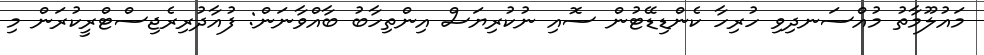
މައުލޫމާތު މުއްސަނދިވި ހުރިހާ ކެންޑިޑޭޓުން ސޮއި ނުކުރިޔަސް އިންތިހާބު ބާއްވާނަން: ފުއާދުރިރެޖިސްޓްރީކުރަން މި